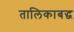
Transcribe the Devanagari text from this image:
तालिकाबद्ध